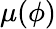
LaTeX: \mu(\phi)